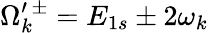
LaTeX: \Omega_{k}^{\prime\, \pm}=E_{1s}\pm 2\omega_{k}